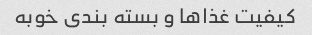
کیفیت غذاها و بسته بندی خوبه